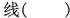
线( )